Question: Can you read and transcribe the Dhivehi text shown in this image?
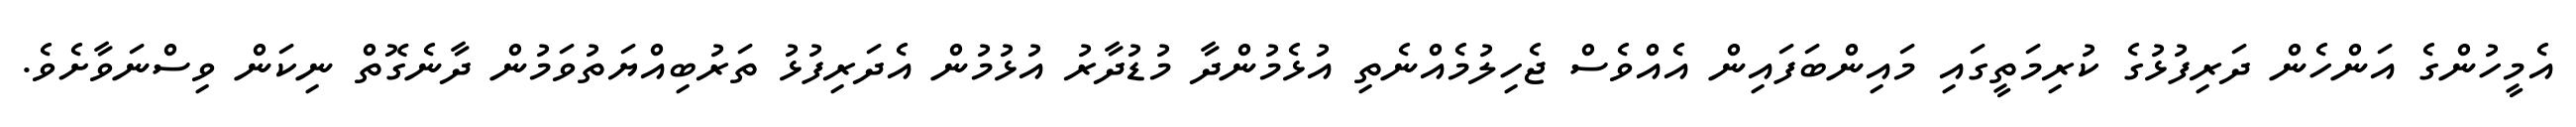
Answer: އެމީހުންގެ އަންހެން ދަރިފުޅުގެ ކުރިމަތީގައި މައިންބަފައިން އެއްވެސް ޖެހިލުމެއްނެތި އުޅެމުންދާ މުޑުދާރު އުޅުމުން އެދަރިފުޅު ތަރުބިއްޔަތުވަމުން ދާނެގޮތް ނިކަން ވިސްނަވާށެވެ.